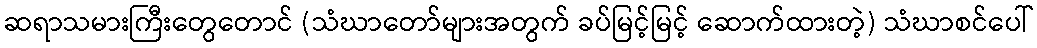
ဆရာသမားကြီးတွေတောင် (သံဃာတော်များအတွက် ခပ်မြင့်မြင့် ဆောက်ထားတဲ့) သံဃာစင်ပေါ်